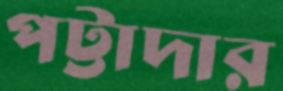
পট্টাদার